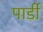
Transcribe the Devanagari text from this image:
पार्डी